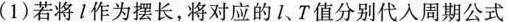
( 1 ) 若将 l 作为摆长，将对应的 l 、T 值分别代入周期公式